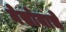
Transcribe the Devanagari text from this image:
नेसोयाचे